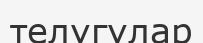
телугулар